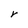
Character: r